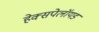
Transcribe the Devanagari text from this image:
हेक्सपेलॉयड